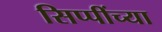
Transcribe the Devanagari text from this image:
सिप्पींच्या